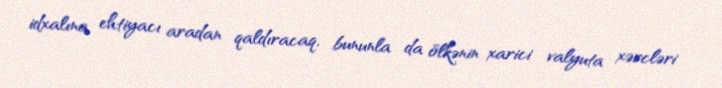
idxalına ehtiyacı aradan qaldıracaq, bununla da ölkənin xarici valyuta xərcləri